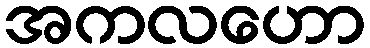
အကလဟော